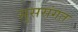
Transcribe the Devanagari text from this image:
सुससंगत